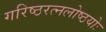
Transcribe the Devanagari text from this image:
गरिष्ठरत्नलोष्ठयोः